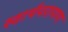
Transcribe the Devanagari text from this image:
स्वार्थपरायण